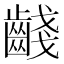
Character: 𪘪